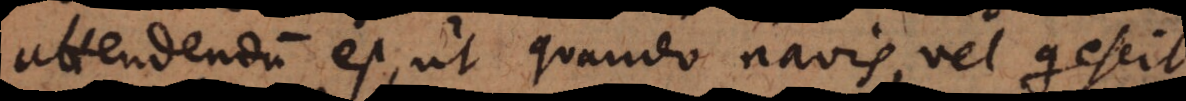
attendendum est, ut quando navis vel quiescit